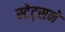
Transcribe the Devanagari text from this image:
स्टेट्सने